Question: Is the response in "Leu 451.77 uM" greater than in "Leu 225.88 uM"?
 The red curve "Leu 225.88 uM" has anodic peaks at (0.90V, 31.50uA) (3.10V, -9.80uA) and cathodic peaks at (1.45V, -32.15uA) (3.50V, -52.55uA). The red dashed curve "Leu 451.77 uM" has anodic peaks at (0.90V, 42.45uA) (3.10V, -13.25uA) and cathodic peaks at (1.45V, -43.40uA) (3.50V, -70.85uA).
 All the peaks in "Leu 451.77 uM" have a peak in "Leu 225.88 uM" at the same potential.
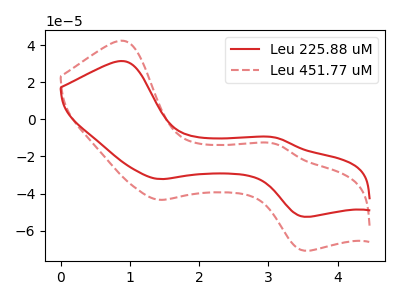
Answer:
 <answer>I cant tell if "Leu 451.77 uM" or "Leu 225.88 uM" has more signal.</answer>
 <eval>mixed_signal</eval>